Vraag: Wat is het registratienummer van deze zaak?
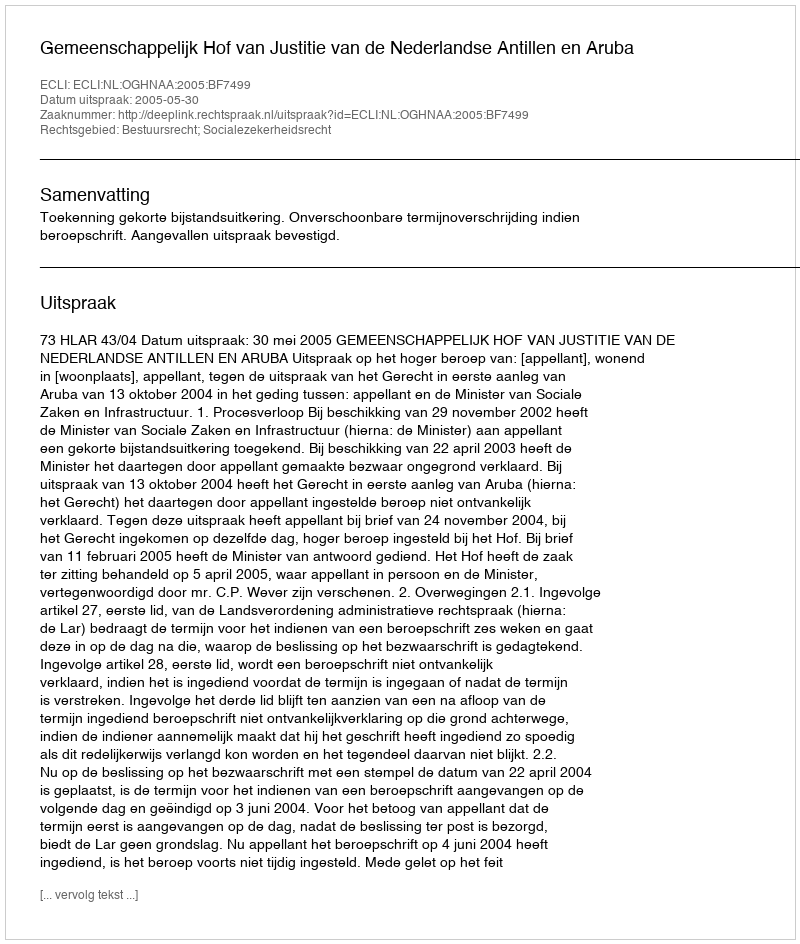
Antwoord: http://deeplink.rechtspraak.nl/uitspraak?id=ECLI:NL:OGHNAA:2005:BF7499